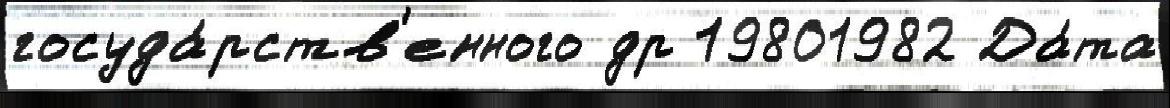
госуда́рств'енного др 19801982 Да́та